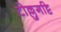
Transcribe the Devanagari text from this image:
टोल्लुगट्टि